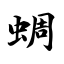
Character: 蜩